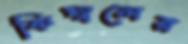
কিম্বলের